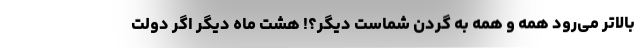
بالاتر می‌رود همه و همه به گردن شماست دیگر؟! هشت ماه دیگر اگر دولت